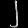
Digit: ၂